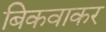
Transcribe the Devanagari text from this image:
बिकवाकर